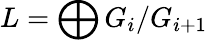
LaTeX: L=\bigoplus G_{i}/G_{i+1}